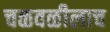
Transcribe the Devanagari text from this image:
चळवळीलाच